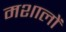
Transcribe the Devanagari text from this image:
मशालों